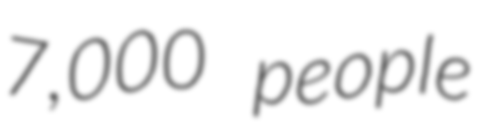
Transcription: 7,000 people